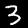
Digit: 3